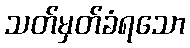
သတ်မှတ်ခံရသော